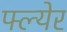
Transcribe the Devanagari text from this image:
फ्ल्येर